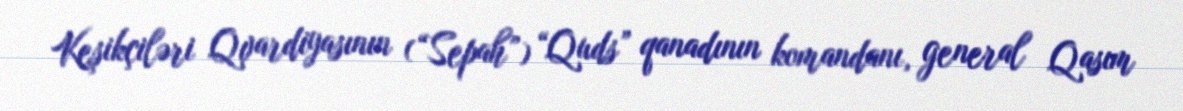
Keşikçiləri Qvardiyasının (“Sepah”) “Quds” qanadının komandanı, general Qasım